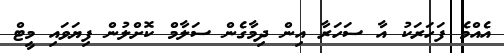
އެއްމެ ފަހަރަކު އާ ސަހަރާ އިން ދިމާގެން ސަލާމް ކޮށްލުން ފިޔަވައި މީޓް